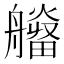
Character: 𤳮